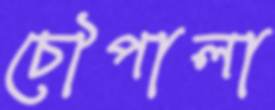
চৌপালা